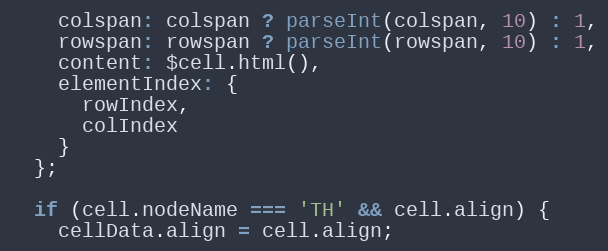
Language: JavaScript
    colspan: colspan ? parseInt(colspan, 10) : 1,
    rowspan: rowspan ? parseInt(rowspan, 10) : 1,
    content: $cell.html(),
    elementIndex: {
      rowIndex,
      colIndex
    }
  };

  if (cell.nodeName === 'TH' && cell.align) {
    cellData.align = cell.align;